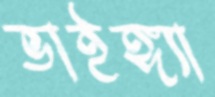
ভাইঙ্গ্যা